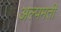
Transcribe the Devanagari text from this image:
अल्पमती